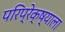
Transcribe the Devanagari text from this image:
परिप्रेक्ष्याला